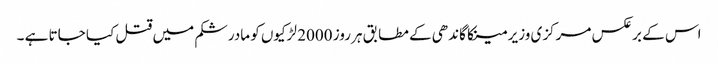
اس کے برعکس مرکزی وزیر مینکا گاندھی کے مطابق ہر روز 2000 لڑکیوں کو مادرشکم میں قتل کیا جاتا ہے ۔